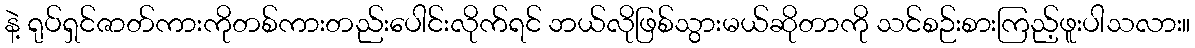
နဲ့ ရုပ်ရှင်ဇာတ်ကားကိုတစ်ကားတည်းပေါင်းလိုက်ရင် ဘယ်လိုဖြစ်သွားမယ်ဆိုတာကို သင်စဉ်းစားကြည့်ဖူးပါသလား။